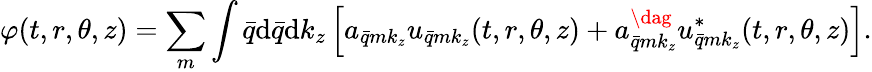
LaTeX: \varphi(t,r,\theta,z)=\sum_{m}\int\bar{q}\mathrm{d}\bar{q}\mathrm{d}k_{z}\left[a_{\bar{q}mk_{z}}u_{\bar{q}mk_{z}}(t,r,\theta,z)+a_{\bar{q}mk_{z}}^{\dag}u_{\bar{q}mk_{z}}^{*}(t,r,\theta,z)\right].